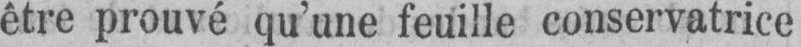
être prouvé qu’une feuille conservatrice